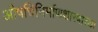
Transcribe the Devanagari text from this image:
औषधिनिर्माणशास्त्राच्या